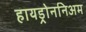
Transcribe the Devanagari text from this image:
हायड्रोननिअम